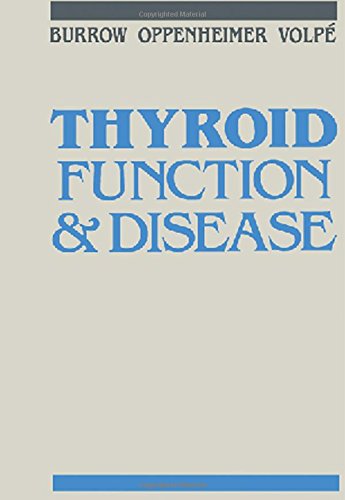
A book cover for Thyroid Function & Disease, 1e; Gerard N. Burrow MD; Health, Fitness & Dieting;